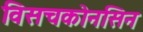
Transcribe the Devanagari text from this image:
विसचकोनसिन